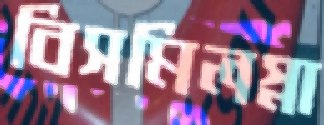
বিসমিলস্না